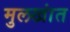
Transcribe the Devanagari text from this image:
मुलखांत